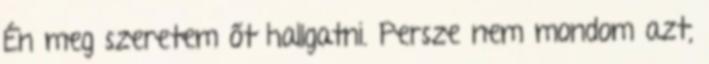
Én meg szeretem őt hallgatni. Persze nem mondom azt,